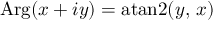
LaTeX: \operatorname { A r g } ( x + i y ) = \operatorname { a t a n 2 } ( y , \, x )